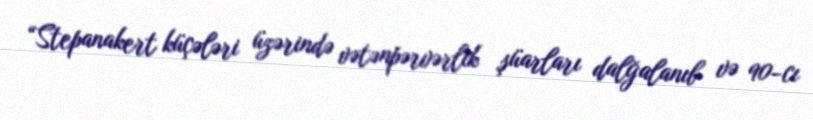
“Stepanakert küçələri üzərində vətənpərvərlik şüarları dalğalanıb və 90-cı